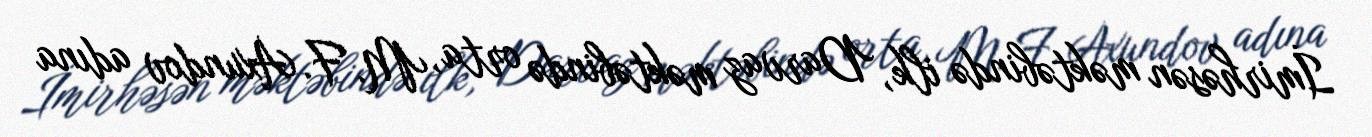
İmirhəsən məktəbində ilk, Darvaz məktəbində orta, M. F. Axundov adına